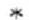
*